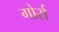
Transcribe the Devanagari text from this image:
गोर्रा